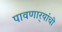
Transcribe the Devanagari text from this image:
पावणार्‍यांची